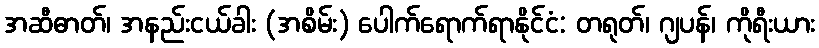
အဆီဓာတ်၊ အနည်းငယ်ခါး (အစိမ်း) ပေါက်ရောက်ရာနိုင်ငံ: တရုတ်၊ ဂျပန်၊ ကိုရီးယား